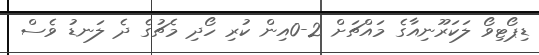
ޑިޕޯޓިވޯ ލަކަރޫނިއާގެ މައްޗަށް 2-0އިން ކުރި ހޯދި މެޗުގެ ދެ ލަނޑު ވެސް